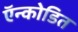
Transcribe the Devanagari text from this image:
ऍन्कोडित